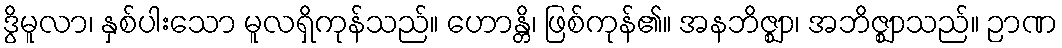
ဒွိမူလာ၊ နှစ်ပါးသော မူလရှိကုန်သည်။ ဟောန္တိ၊ ဖြစ်ကုန်၏။ အနဘိဇ္ဈာ၊ အဘိဇ္ဈာသည်။ ဉာဏ